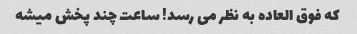
که فوق العاده به نظر می رسد! ساعت چند پخش میشه